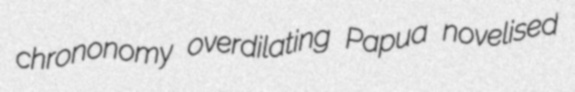
chrononomy overdilating Papua novelised